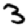
Digit: 3